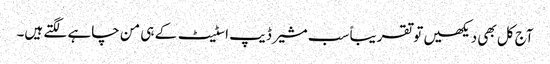
آج کل بھی دیکھیں تو تقریباً سب مشیر ڈیپ اسٹیٹ کے ہی من چاہے لگتے ہیں۔